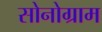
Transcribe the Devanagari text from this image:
सोनोग्राम